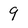
Character: 9